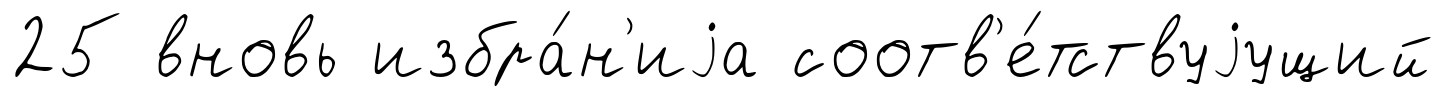
25 вновь избра́н'иjа соотв'е́тствуjущий